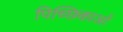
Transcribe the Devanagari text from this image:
पिच्छिकाओं